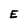
Character: E